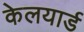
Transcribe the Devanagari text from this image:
केलयार्ड